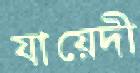
যায়েদী